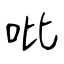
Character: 吡